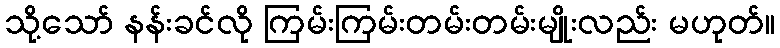
သို့သော် နန်းခင်လို ကြမ်းကြမ်းတမ်းတမ်းမျိုးလည်း မဟုတ်။